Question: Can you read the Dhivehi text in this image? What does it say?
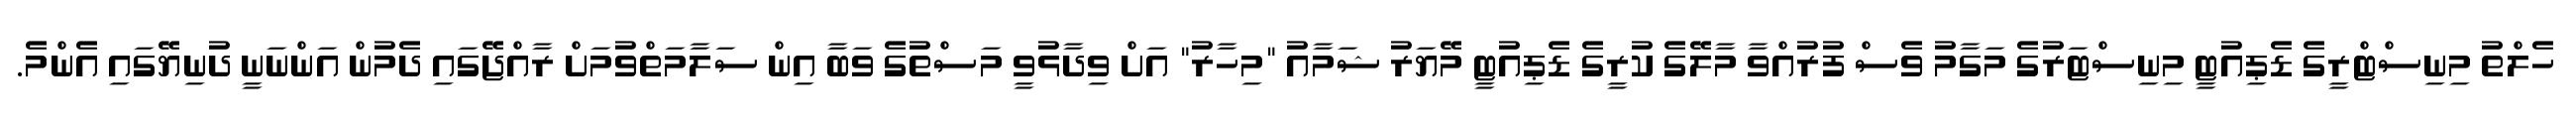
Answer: ހެލްތު މިނިސްޓްރީގެ ޑެޕިއުޓީ މިނިސްޓަރުގެ މަގާމު ވެސް ފުރުއްވާ މާލޭގެ ކުރީގެ ޑެޕިއުޓީ މޭޔަރު ޝަމާއު "މިހާރު" އަށް ވިދާޅުވީ މަސްތުގެ ވަބާ އިން ސަލާމަތްވުމަށް ރާއްޖޭގައި ދެމުން އަންނަނީ ދުނިޔޭގައި އެންމެ.